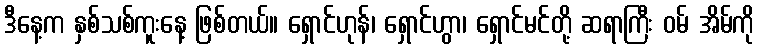
ဒီနေ့က နှစ်သစ်ကူးနေ့ ဖြစ်တယ်။ ရှောင်ဟုန်၊ ရှောင်ဟွာ၊ ရှောင်မင်တို့ ဆရာကြီး ဝမ် အိမ်ကို